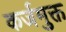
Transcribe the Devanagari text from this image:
कर्जमुक्त